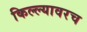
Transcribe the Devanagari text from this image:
किल्ल्यावरच